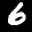
Label: 6